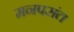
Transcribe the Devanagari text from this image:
मनपसंत